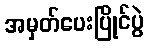
အမှတ်ပေးပြိုင်ပွဲ